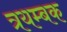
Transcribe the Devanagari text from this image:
त्रयम्बक